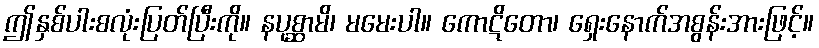
ဤနှစ်ပါးစလုံးပြတ်ပြီးကို။ နပုစ္ဆာမိ၊ မမေးပါ။ ကောဋိတော၊ ရှေးနောက်အစွန်းအားဖြင့်။